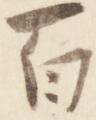
百